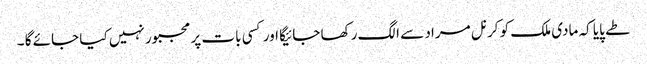
طے پایا کہ مادی ملک کو کرنل مراد سے الگ رکھا جائیگا اور کسی بات پر مجبور نہیں کیا جائے گا ۔